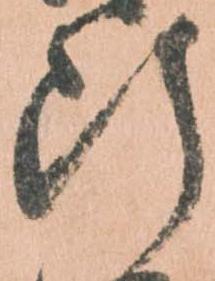
断